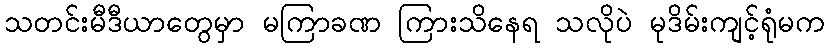
သတင်းမီဒီယာတွေမှာ မကြာခဏ ကြားသိနေရ သလိုပဲ မုဒိမ်းကျင့်ရုံမက